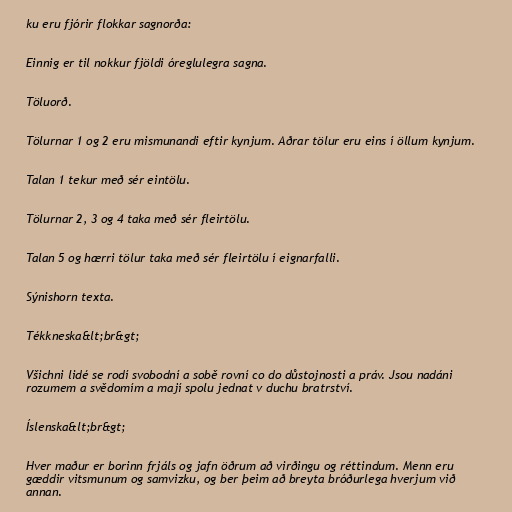
ku eru fjórir flokkar sagnorða:

Einnig er til nokkur fjöldi óreglulegra sagna.

Töluorð.

Tölurnar 1 og 2 eru mismunandi eftir kynjum. Aðrar tölur eru eins í öllum kynjum.

Talan 1 tekur með sér eintölu.

Tölurnar 2, 3 og 4 taka með sér fleirtölu.

Talan 5 og hærri tölur taka með sér fleirtölu í eignarfalli.

Sýnishorn texta.

Tékkneska&lt;br&gt;

Všichni lidé se rodí svobodní a sobě rovní co do důstojnosti a práv. Jsou nadáni
rozumem a svědomím a mají spolu jednat v duchu bratrství.

Íslenska&lt;br&gt;

Hver maður er borinn frjáls og jafn öðrum að virðingu og réttindum. Menn eru
gæddir vitsmunum og samvizku, og ber þeim að breyta bróðurlega hverjum við
annan.